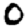
Digit: 0